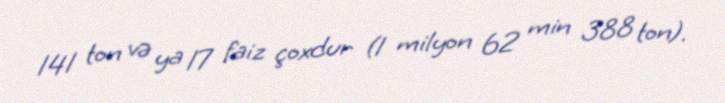
141 ton və ya 17 faiz çoxdur (1 milyon 62 min 388 ton).